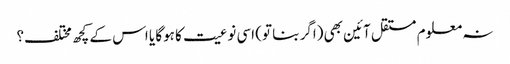
نہ معلوم مستقل آئین بھی (اگر بنا تو) اسی نوعیت کا ہوگا یا اس کے کچھ مختلف؟